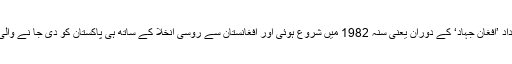
دوسری بار امریکی فوجی امداد ’افغان جہاد‘ کے دوران یعنی سنہ 1982 میں شروع ہوئی اور افغانستان سے روسی انخلا کے ساتھ ہی پاکستان کو دی جا نے والی یہ فوج امداد بھی جاتی رہی۔